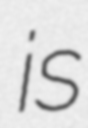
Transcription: is